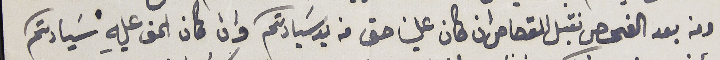
ومن بعد الفحص نقبل القصاص ان كان علينا حق من يد سَيادتكم وان كان الحق عليهِ سَيادتكم